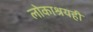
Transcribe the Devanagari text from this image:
लोकाश्रयही